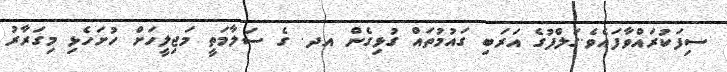
ސިފަކުރައްވާފައެވެ.ގަލްފުގެ އަރަބި ގައުމުތައް ގުޅިގެން އދ. ގެ ސަލާމަތީ މަޖިލީހަށް ހުށަހެޅި މިގަރާރު